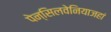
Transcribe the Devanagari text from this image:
पेन्सिलवेनियाजहां